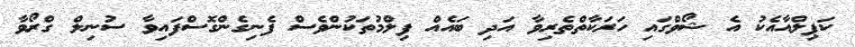
ކަޕިލްއާއެކު އެ ޝޯވްގައި ހަރަކާތްތެރިވާ އަދި ބައެއް ފިލްމުތަކުންވެސް ފެނިގެންގޮސްފައިވާ ސުނިލް ގްރޯވާ